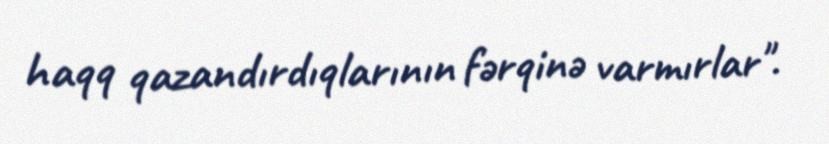
haqq qazandırdıqlarının fərqinə varmırlar".